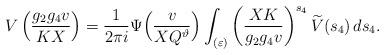
LaTeX: \begin{align*}V\left( \frac{g_2g_4v}{KX}\right) =\frac{1}{2\pi i } \Psi\Big( \frac{ v}{XQ^{\vartheta}}\Big)\int_{(\varepsilon)} \left(\frac{XK}{g_2g_4 v} \right)^{s_4} \widetilde{V}(s_4) \,ds_4.\end{align*}